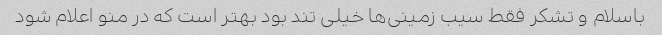
باسلام و تشکر فقط سیب زمینی‌ها خیلی تند بود بهتر است که در منو اعلام شود